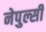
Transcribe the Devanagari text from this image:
नेपुल्सी